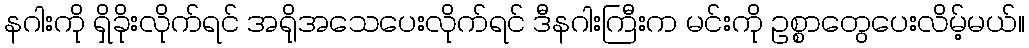
နဂါးကို ရှိခိုးလိုက်ရင် အရိုအသေပေးလိုက်ရင် ဒီနဂါးကြီးက မင်းကို ဥစ္စာတွေပေးလိမ့်မယ်။